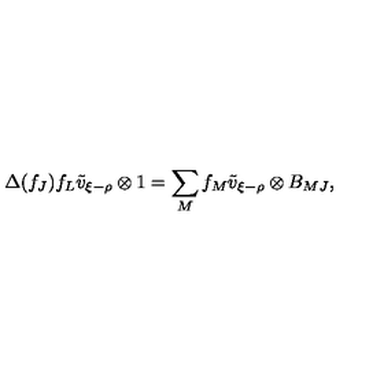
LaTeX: \Delta ( f _ { J } ) f _ { L } \tilde { v } _ { \xi - \rho } \otimes 1 = \sum _ { M } f _ { M } \tilde { v } _ { \xi - \rho } \otimes B _ { M J } ,